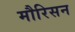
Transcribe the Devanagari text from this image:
मौरिसन